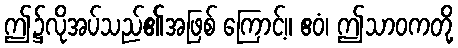
ဤ၌လိုအပ်သည်၏အဖြစ် ကြောင့်။ ဧဝံ၊ ဤသာဝကတို့